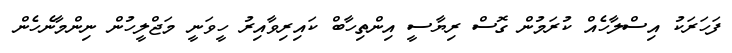
ފަހަރަކު އިސްލާހެއް ކުރަމުން ގޮސް ރިޔާސީ އިންތިހާބް ކައިރިވާއިރު ހީވަނީ މަޖްލީހުން ނިންމާނެހެން